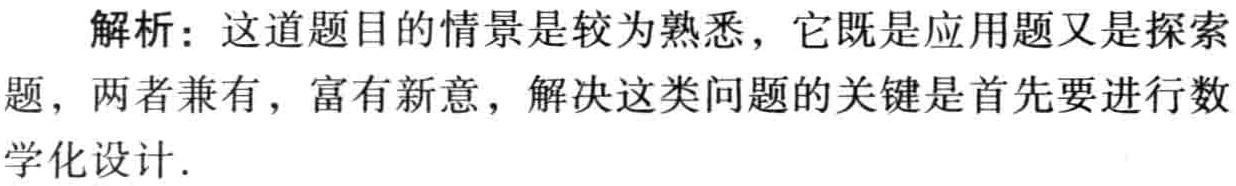
解析：这道题目的情景是较为熟悉，它既是应用题又是探索题，两者兼有，富有新意，解决这类问题的关键是首先要进行数学化设计.